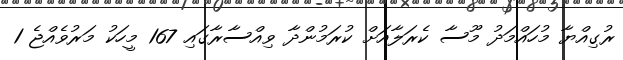
ރުގިއްޔާ މުހައްމަދު މޫސާ ކެރަލާއަށް ކުރަމުންދާ ވިއްސާރާގައި 167 މީހަކު މަރުވެއްޖެ 1